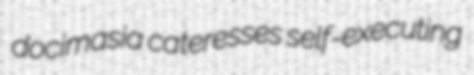
docimasia cateresses self-executing